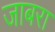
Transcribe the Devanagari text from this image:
जाबरा